Report on horse surra - Volume II, Part II
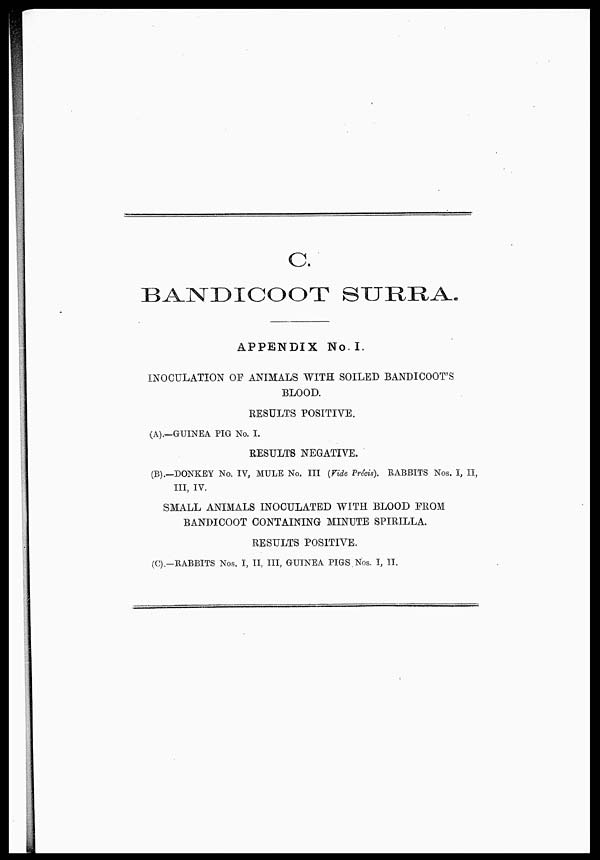
C.
BANDICOOT SURRA.
APPENDIX No. I.
INOCULATION OF ANIMALS WITH SOILED BANDICOOT'S
BLOOD.
RESULTS POSITIVE.
(A).—GUINEA PIG No. I.
RESULTS NEGATIVE.
(B).—DONKEY No. IV, MULE No. III (Vide Précis). RABBITS Nos. I, II,
III, IV.
SMALL ANIMALS INOCULATED WITH BLOOD FROM
BANDICOOT CONTAINING MINUTE SPIRILLA.
RESULTS POSITIVE.
(C).—RABBITS Nos. I, II, III, GUINEA PIGS Nos. I, II.